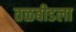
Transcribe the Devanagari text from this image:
तळबीडला